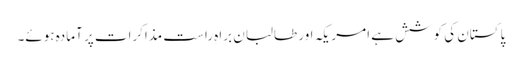
پاکستان کی کوشش ہے امریکہ اور طالبان براہِ راست مذاکرات پر آمادہ ہوئے۔